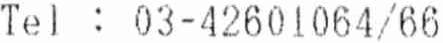
TEL : 03-42601064/66